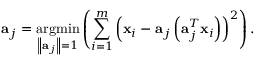
{ \bf { a } } _ { j } = \underset { \left\| { \bf { a } } _ { j } \right\| = 1 } { \operatorname { a r g m i n } } \left( \sum _ { i = 1 } ^ { m } \left( { \bf { x } } _ { i } - { \bf { a } } _ { j } \left( { \bf { a } } _ { j } ^ { T } { \bf { x } } _ { i } \right) \right) ^ { 2 } \right) .